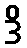
ဒိ